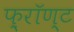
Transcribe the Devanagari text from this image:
फ़्रॉण्ट